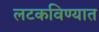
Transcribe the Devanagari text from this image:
लटकविण्यात